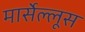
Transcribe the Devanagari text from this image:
मार्सेल्लूस